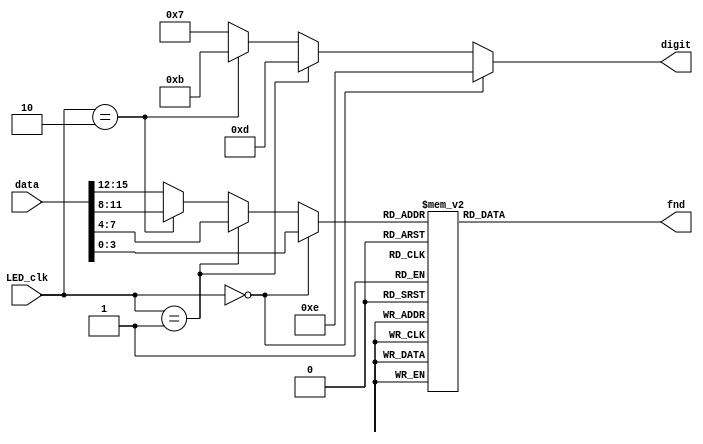
module LED_channel(
	input [31:0] data,
	input [1:0] LED_clk,
	output reg [3:0] digit,
	output reg [7:0] fnd
    );
	 
	always@(*) begin
		case(segment)
			0: 		fnd[7:0] <= 8'b00000011; 	// 0
			1: 		fnd[7:0] <= 8'b10011111;  	// 1
			2: 		fnd[7:0] <= 8'b00100101;  	// 2
			3: 		fnd[7:0] <= 8'b00001101;  	// 3
			4: 		fnd[7:0] <= 8'b10011001;  	// 4
			5: 		fnd[7:0] <= 8'b01001001;  	// 5
			6: 		fnd[7:0] <= 8'b01000001;  	// 6
			7: 		fnd[7:0] <= 8'b00011111;  	// 7
			8: 		fnd[7:0] <= 8'b00000001;  	// 8
			9: 		fnd[7:0] <= 8'b00011001;  	// 9
			10:		fnd[7:0] <= 8'b00010001;	// A
			11:		fnd[7:0] <= 8'b11000001;	// b
			12:		fnd[7:0] <= 8'b11100101;	// c
			13:		fnd[7:0] <= 8'b10000101;	// d
			14:		fnd[7:0] <= 8'b01100001;	// E
			15:		fnd[7:0] <= 8'b01110001;	// F
			default: fnd[7:0] <= 8'b11111111; 	// none
		endcase
	end
	reg [4:0] segment;
	always@(*) begin
		// 1 �ڸ���
		if(LED_clk == 2'b00) begin 
			digit[3:0] = 4'b1110;
			segment = data[3:0];
		end
		// 10 �ڸ���
		else if(LED_clk == 2'b01) begin 
			digit[3:0] = 4'b1101; 
			segment = data[7:4];
		end
		// 100 �ڸ���
		else if(LED_clk == 2'b10) begin 
			digit[3:0] = 4'b1011;
			segment = data[11:8];
		end
		// 1000 �ڸ���
		else begin	
			digit[3:0] = 4'b0111;
			segment = data[15:12];
		end
	end
endmodule